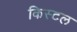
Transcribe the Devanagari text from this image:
किस्टल